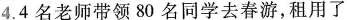
4.4名老师带领80名同学去春游，租用了